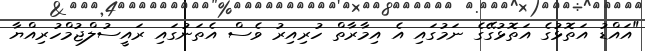
"އައްޑު އަތޮޅުގެ އަތޮޅުގޭގެ ނަމުގައި އެ އިމާރާތް ހުރިއިރު ވެސް އެތަނުގައި ރައީސުލްޖުމްހުރިއްޔާ